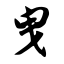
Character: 曳